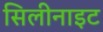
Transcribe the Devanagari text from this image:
सिलीनाइट